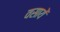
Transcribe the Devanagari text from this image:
वसायें